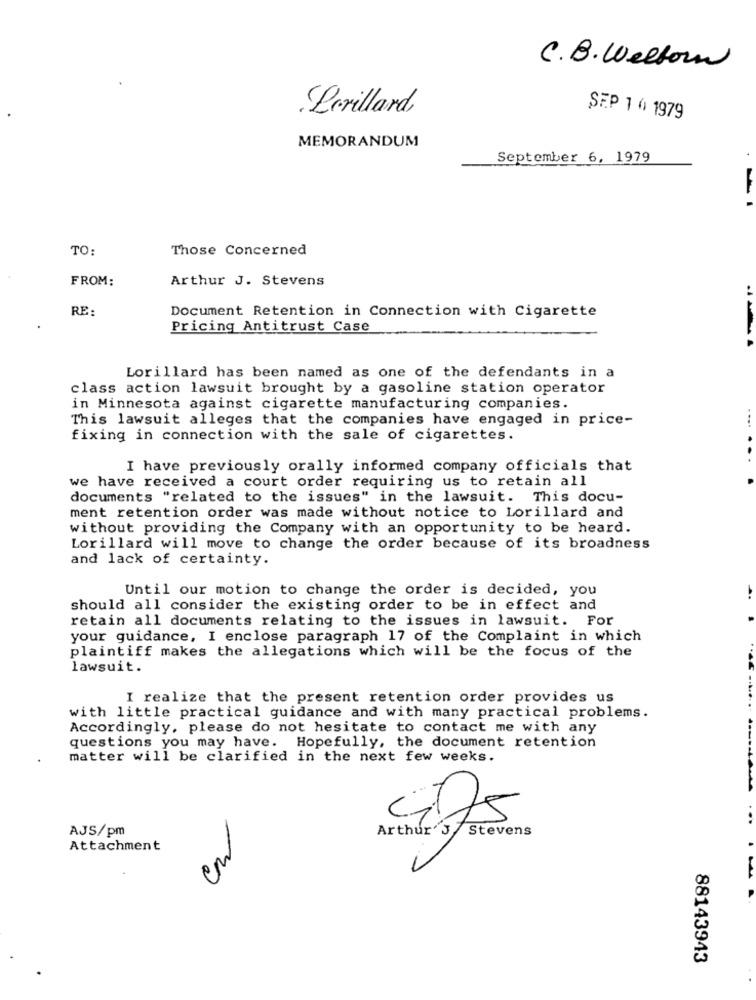
C.B. Welborn
Lorillard,
SEP 1 0 1979
MEMORANDUM
September 6, 1979
TO:
Those Concerned
FROM:
Arthur J. Stevens
RE:
Document Retention in Connection with Cigarette
Pricing Antitrust Case
Lorillard has been named as one of the defendants in a
class action lawsuit brought by a gasoline station operator
in Minnesota against cigarette manufacturing companies.
This lawsuit alleges that the companies have engaged in price-
....
fixing in connection with the sale of cigarettes.
...
I have previously orally informed company officials that
we have received a court order requiring us to retain all
documents "related to the issues" in the lawsuit. This docu-
ment retention order was made without notice to Lorillard and
without providing the Company with an opportunity to be heard.
Lorillard will move to change the order because of its broadness
and lack of certainty.
Until our motion to change the order is decided, you
should all consider the existing order to be in effect and
retain all documents relating to the issues in lawsuit. For
your guidance, I enclose paragraph 17 of the Complaint in which
plaintiff makes the allegations which will be the focus of the
lawsuit.
I realize that the present retention order provides us
with little practical guidance and with many practical problems.
Accordingly, please do not hesitate to contact me with any
questions you may have. Hopefully, the document retention
matter will be clarified in the next few weeks.
AJS/pm
Arthur'S/ Stevens
275
Attachment
88143943